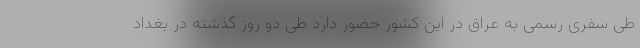
طی سفری رسمی به عراق در این کشور حضور دارد طی دو روز گذشته در بغداد